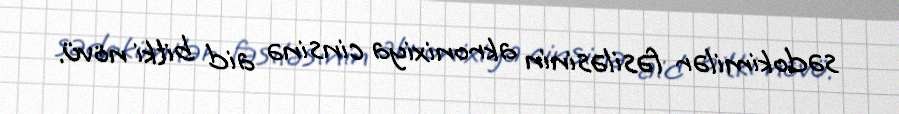
sədokimilər fəsiləsinin akronixiya cinsinə aid bitki növü.